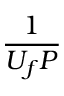
\frac { 1 } { U _ { f } P }